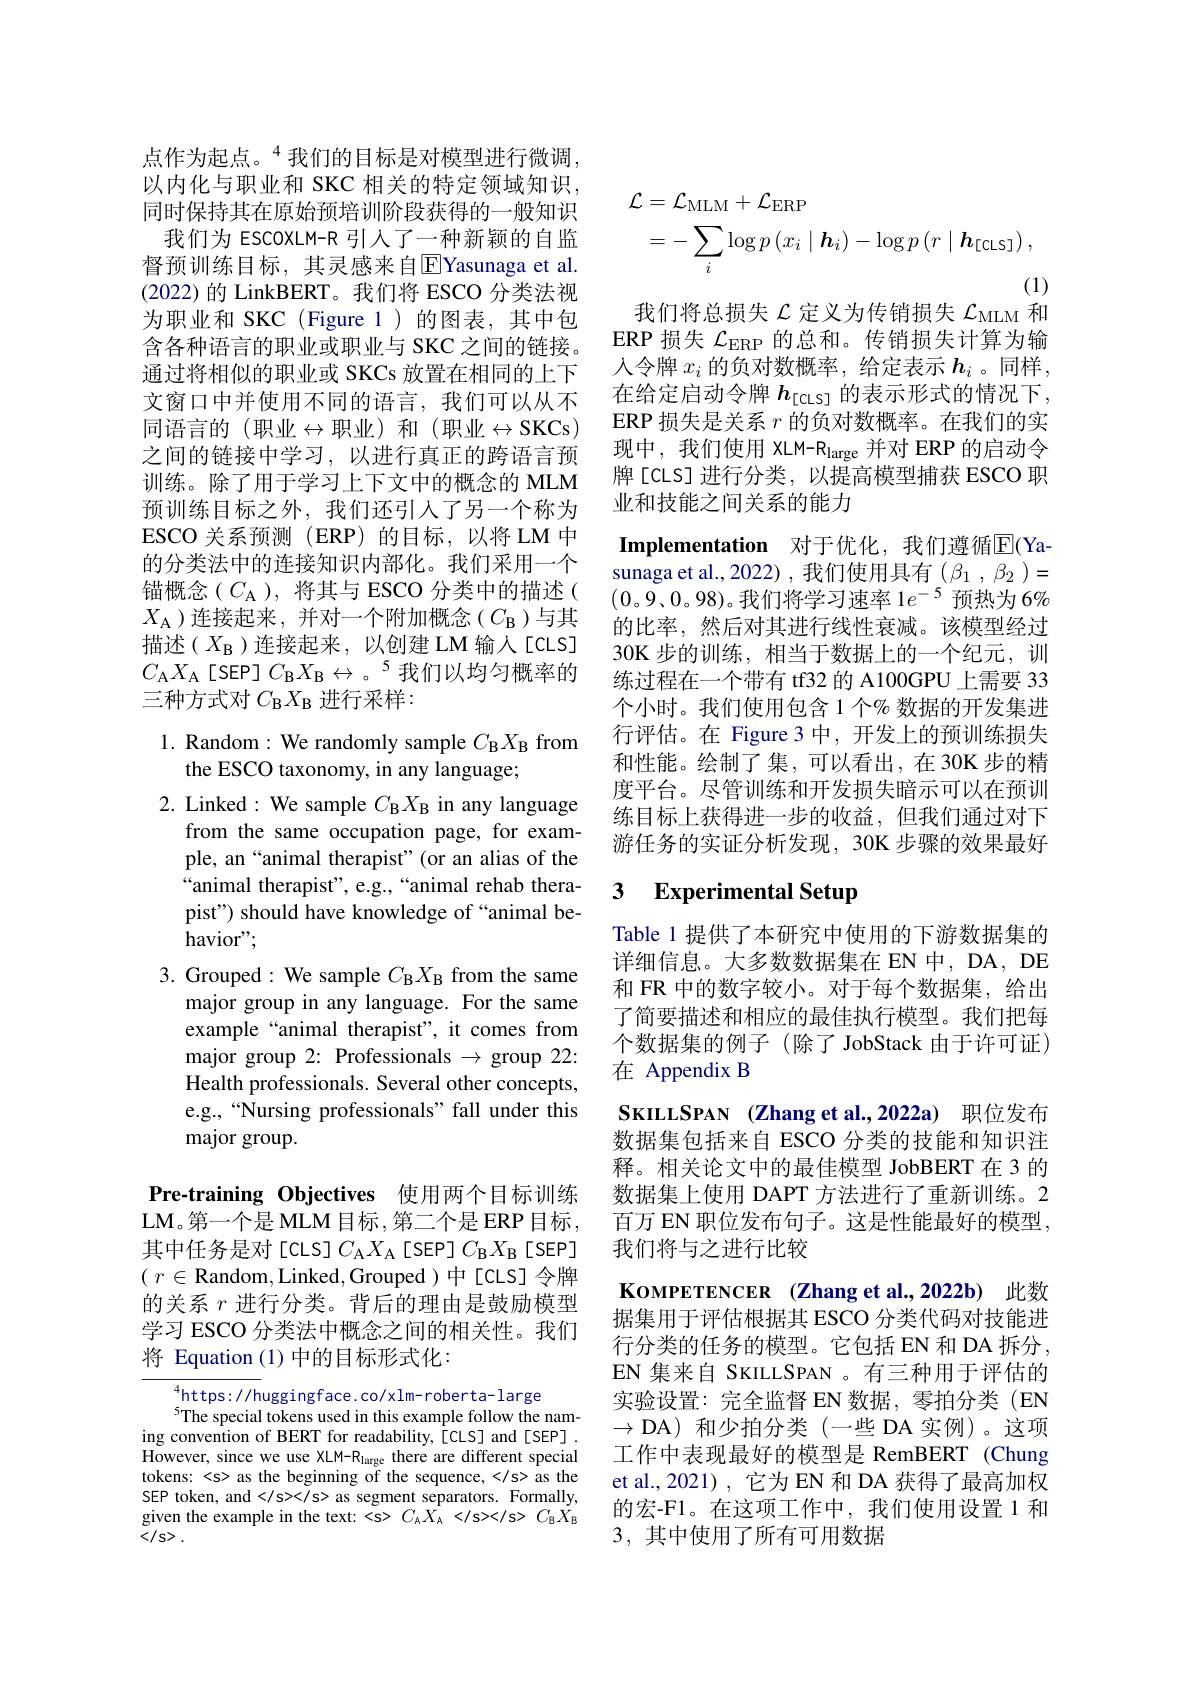
点作为起点。$^{4}$我们的目标是对模型进行微调， 以内化与职业和 SKC 相关的特定领域知识， 同时保持其在原始预培训阶段获得的一般知识
我们为 ESCOXLM-R 引人了一种新颖的自监督预训练目标，其灵感来自[ $E]$Yasunaga et al. (2022) 的 LinkBERT。我们将 ESCO 分类法视为职业和 SKC (Figure 1)的图表，其中包含各种语言的职业或职业与 SKC 之间的链接。通过将相似的职业或 SKCs 放置在相同的上下文窗口中并使用不同的语言，我们可以从不同语言的(职业$\leftrightarrow$职业)和(职业$\leftrightarrow$SKCs) 之间的链接中学习，以进行真正的跨语言预训练。除了用于学习上下文中的概念的 MLM 预训练目标之外，我们还引入了另一个称为ESCO 关系预测 (ERP)的目标，以将LM 中的分类法中的连接知识内部化。我们采用一个锚概念($C_{\mathrm{A}}$),将其与 ESCO 分类中的描述( $X_{\mathrm{A}}$)连接起来，并对一个附加概念($C_\mathrm{B}$)与其描述($X_{\mathrm{B}}$)连接起来，以创建 LM 输入[CLS] $C_\mathrm{A}X_\mathrm{A}$[SEP]$C_\mathrm{B}X_\mathrm{B}\leftrightarrow\text{。}^5$我们以均匀概率的三种方式对$C_\mathrm{B}X_\mathrm{B}$进行采样：

1. Random: We randomly sample $C_\mathrm{B}X_\mathrm{B}$ from
the ESCO taxonomy, in any language;
2. Linked: We sample $C_\mathrm{B}X_\mathrm{B}$ in any language
from the same occupation page, for example, an“animal therapist”(or an alias of the “animal therapist", e.g.,“animal rehab therapist") should have knowledge of “animal behavior",
3. Grouped: We sample $C_{\mathrm{B}}X_{\mathrm{B}}$ from the same
major group in any language. For the same example“animal therapist", it comes from major group 2: Professionals $\to$ group 22: Health professionals. Several other concepts, e.g.,“Nursing professionals”fall under this major group.

Pre-training Objectives 使用两个目标训练LM。第一个是 MLM 目标 ,第二个是 ERP 目标，

其中任务是对[CLS]$C_\mathrm{A}X_\mathrm{A}$[SEP]$C_\mathrm{B}X_\mathrm{B}$[SEP] ( $r\in$Random,Linked,Grouped )中[cLS]令牌的关系$r$进行分类。背后的理由是鼓励模型学习 ESCO 分类法中概念之间的相关性。我们将 Equation(1)中的目标形式化：

$^{4}$https://huggingface.co/xlm-roberta-large
$^{5}$The special tokens used in this example follow the naming convention of BERT for readability, [CLS] and[SEP] . However, since we use XLM-R$_\mathrm{large}$ there are different special tokens:
 as the beginning of the sequence,
 as the SEP token, and

 as segment separators. Formally, given the example in the text:
 $C_{\mathrm{A}}\dot{X}_{\mathrm{A}}

C_{\mathrm{B}}\dot{X}_{\mathrm{B}}$ ${\bar{<}/s>}.$
$$\begin{aligned}\text{L}&=\mathcal{L}_{\mathrm{MLM}}+\mathcal{L}_{\mathrm{ERP}}\\&=-\sum_{i}\log p\left(x_{i}\mid\boldsymbol{h}_{i}\right)-\log p\left(r\mid\boldsymbol{h}_{\mathrm{[CLS]}}\right),\end{aligned}$$
(1)
我们将总损失$\mathcal{L}$定义为传销损失$\mathcal{L}_\mathrm{MLM}$和

ERP 损失$\mathcal{L}_\mathrm{ERP}$的总和。传销损失计算为输人令牌$x_i$的负对数概率，给定表示$h_i$ 。同样， 在给定启动令牌$h_\mathrm{[cLs]}$的表示形式的情况下， ERP 损失是关系$r$的负对数概率。在我们的实现中，我们使用 XLM-R$_\mathrm{large}$并对 ERP 的启动令牌[CLS]进行分类，以提高模型捕获 ESCO 职业和技能之间关系的能力
Implementation 对于优化，我们遵循E(Yasunaga et al.,2022),我们使用具有($\beta_1,\beta_2)=$ $(0。9、0。98)$。我们将学习速率 1$e^{-5}$预热为 6% 的比率，然后对其进行线性衰减。该模型经过30K 步的训练，相当于数据上的一个纪元，训练过程在一个带有 tf32 的 A100GPU 上需要 33个小时。我们使用包含 1 个% 数据的开发集进行评估。在 Figure 3 中，开发上的预训练损失和性能。绘制了集，可以看出，在 30K 步的精度平台。尽管训练和开发损失暗示可以在预训练目标上获得进一步的收益，但我们通过对下游任务的实证分析发现，30K步骤的效果最好

### 3 $\textbf{Experimental Setup}$

Table 1 提供了本研究中使用的下游数据集的详细信息。大多数数据集在 EN 中，DA, DE 和 FR 中的数字较小。对于每个数据集，给出了简要描述和相应的最佳执行模型。我们把每个数据集的例子(除了 JobStack 由于许可证) 在 Appendix B
SKILLSPAN (Zhang et al.,2022a) 职位发布数据集包括来自 ESCO 分类的技能和知识注释。相关论文中的最佳模型 JobBERT 在 3 的数据集上使用 DAPT 方法进行了重新训练。2百万 EN 职位发布句子。这是性能最好的模型， 我们将与之进行比较
KOMPETENCER (Zhang et al.,2022b) 此数据集用于评估根据其 ESCO 分类代码对技能进行分类的任务的模型。它包括 EN 和 DA 拆分， EN 集来自 SKILLSPAN 。有三种用于评估的实验设置：完全监督 EN 数据，零拍分类(EN $\to$DA)和少拍分类(一些 DA 实例)。这项工作中表现最好的模型是 RemBERT (Chung et al.,2021) , 它为 EN 和 DA 获得了最高加权的宏-F1。在这项工作中，我们使用设置 1 和3,其中使用了所有可用数据